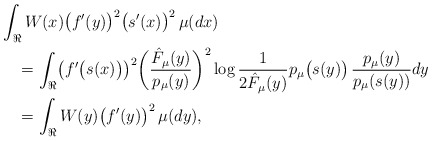
\begin{align*}& \int_{\Re}W(x)\bigl(f'(y)\bigr)^2\bigl(s'(x)\bigr)^2\, \mu(dx)\\&\quad= \int_{\Re}\bigl(f'\bigl(s(x)\bigr)\bigr)^2 \biggl({\hat F_\mu(y)\over p_\mu(y)} \biggr)^2\log{1\over2\hat F_\mu(y)}p_\mu\bigl(s(y)\bigr)\, {p_\mu(y)\over p_\mu(s(y))}dy\\&\quad=\int_{\Re}W(y) \bigl(f'(y)\bigr)^2\, \mu(dy),\end{align*}